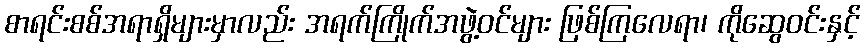
စာရင်းစစ်အရာရှိများမှာလည်း အရက်ကြိုက်အဖွဲ့ဝင်များ ဖြစ်ကြလေရာ၊ ကိုဆွေဝင်းနှင့်